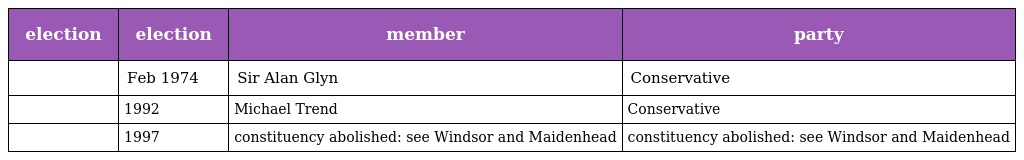
| election | election | member | party |
 | --- | --- | --- | --- |
 |  | Feb 1974 | Sir Alan Glyn | Conservative |
 |  | 1992 | Michael Trend | Conservative |
 |  | 1997 | constituency abolished: see Windsor and Maidenhead | constituency abolished: see Windsor and Maidenhead |